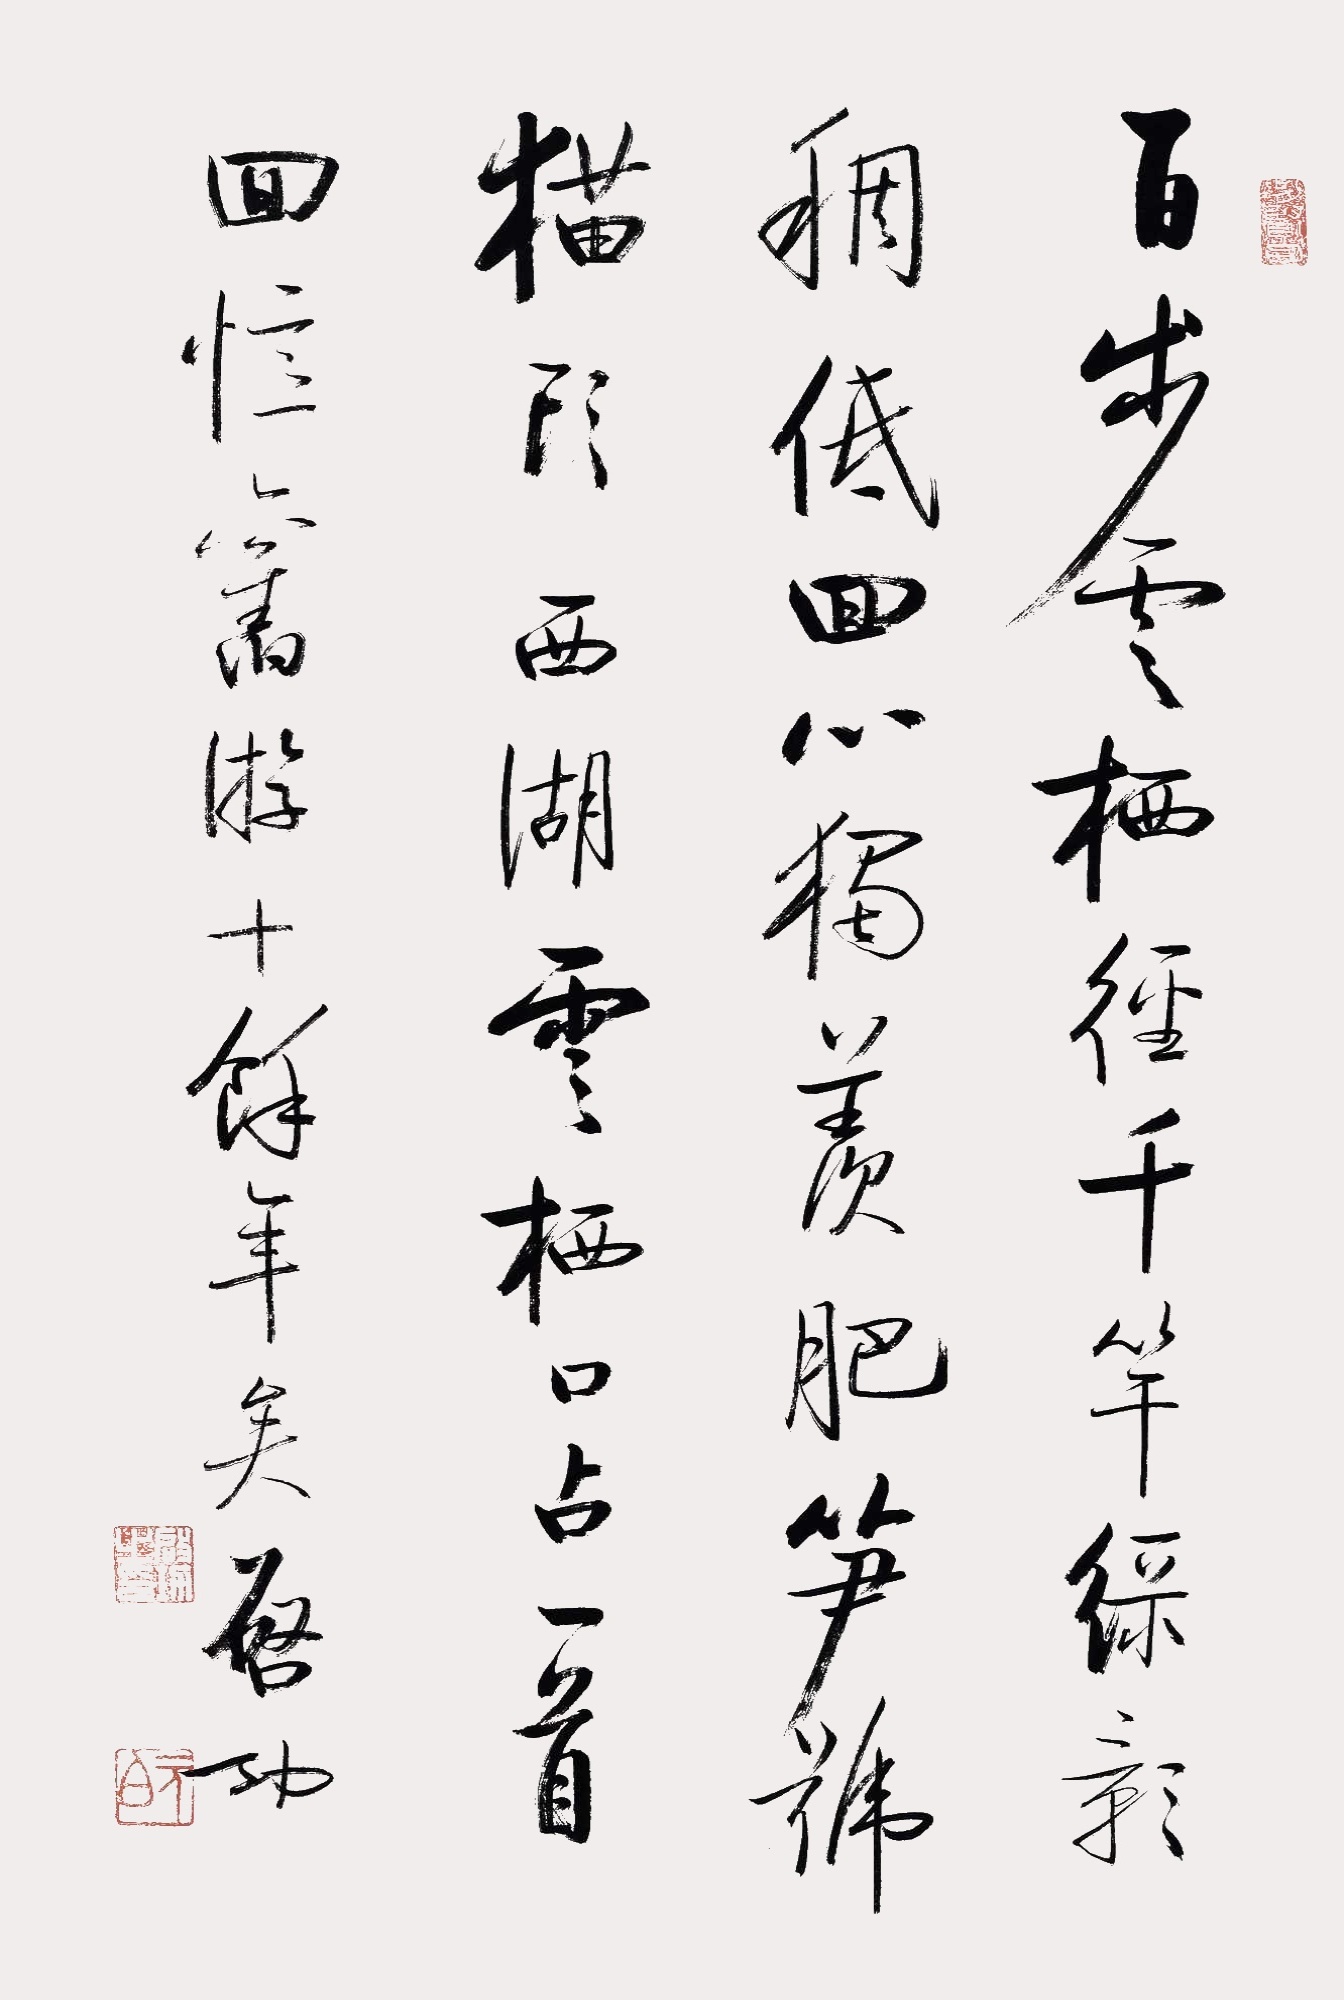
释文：百步云栖径，千竿绿影稠。低徊心独羡，肥笋号猫头。西湖云栖。口占一首回忆旧游十馀年矣。启功。